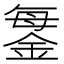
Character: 𨧊